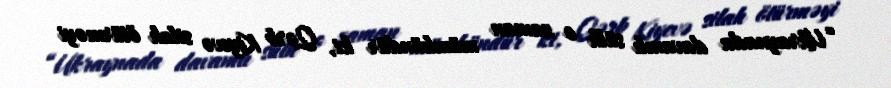
“Ukraynada davamlı sülh o zaman mümkündür ki, Qərb Kiyevə silah ötürməyi